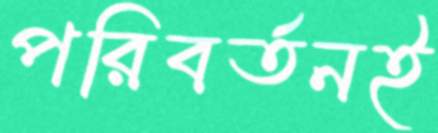
পরিবর্তনই